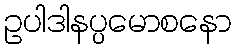
ဥပါဒါနပ္ပမောစနော